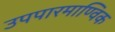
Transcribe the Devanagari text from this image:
उपपारमाण्विक